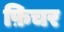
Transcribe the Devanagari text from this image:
फ़िचर